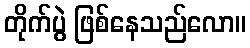
တိုက်ပွဲ ဖြစ်နေသည်လော။